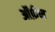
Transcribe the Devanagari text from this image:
ऑर्फ़न